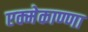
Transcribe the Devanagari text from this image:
एक्मेकाण्णा